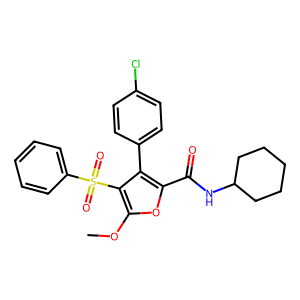
SMILES: COc1oc(C(=O)NC2CCCCC2)c(-c2ccc(Cl)cc2)c1S(=O)(=O)c1ccccc1
Inhibits HIV replication: No